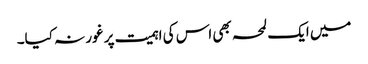
میں ایک لمحہ بھی اس کی اہمیت پر غور نہ کیا۔